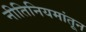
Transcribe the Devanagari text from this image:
नीतिनियमांतून